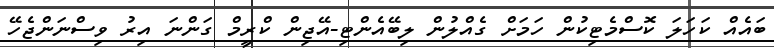
ބައެއް ކަހަލަ ކޮސްމެޓިކުން ހަމަށް ގެއްލުން ލިބޭއެންޓި-އޭޖިން ކްރީމް ގަންނަ އިރު ވިސްނަންޖެހޭ